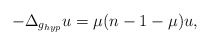
\begin{align*}-\Delta_{g_{hyp}}u=\mu(n-1-\mu)u,\end{align*}